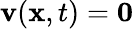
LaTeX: \mathbf{v}(\mathbf{x},t)=\mathbf{0}